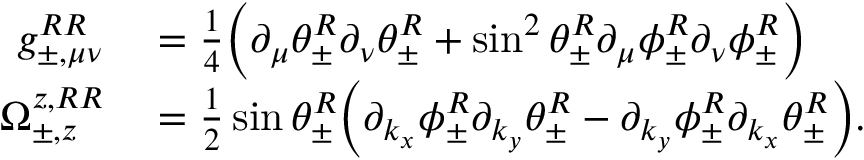
\begin{array} { r l } { g _ { \pm , \mu \nu } ^ { R R } } & { { } = \frac { 1 } { 4 } \Big ( \partial _ { \mu } \theta _ { \pm } ^ { R } \partial _ { \nu } \theta _ { \pm } ^ { R } + \sin ^ { 2 } \theta _ { \pm } ^ { R } \partial _ { \mu } \phi _ { \pm } ^ { R } \partial _ { \nu } \phi _ { \pm } ^ { R } \Big ) } \\ { \Omega _ { \pm , z } ^ { z , R R } } & { { } = \frac { 1 } { 2 } \sin \theta _ { \pm } ^ { R } \Big ( \partial _ { k _ { x } } \phi _ { \pm } ^ { R } \partial _ { k _ { y } } \theta _ { \pm } ^ { R } - \partial _ { k _ { y } } \phi _ { \pm } ^ { R } \partial _ { k _ { x } } \theta _ { \pm } ^ { R } \Big ) . } \end{array}